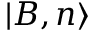
| B , n \rangle